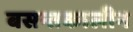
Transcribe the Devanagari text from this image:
बसन्तकालीन